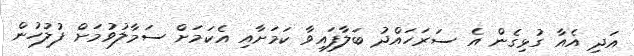
އަދި އެއާ ގުޅިގެން އެ ސަރަހައްދު ބަލާފައިވާ ކަމަށާއި އެކަމަށް ސަމާލުވުމަށް ފުލުހުން